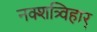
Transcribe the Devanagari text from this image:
नक्शत्र्विहार्